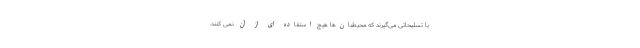
یا تسلیحاتی می‌گیرند که محیطبان‌ها هیچ استفاده ای از آن نمی کنند.